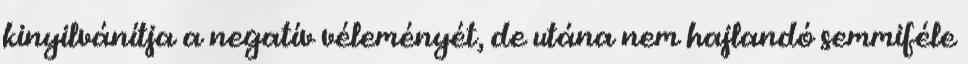
kinyilvánítja a negatív véleményét, de utána nem hajlandó semmiféle